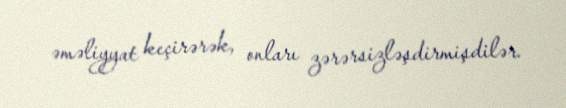
əməliyyat keçirərək, onları zərərsizləşdirmişdilər.